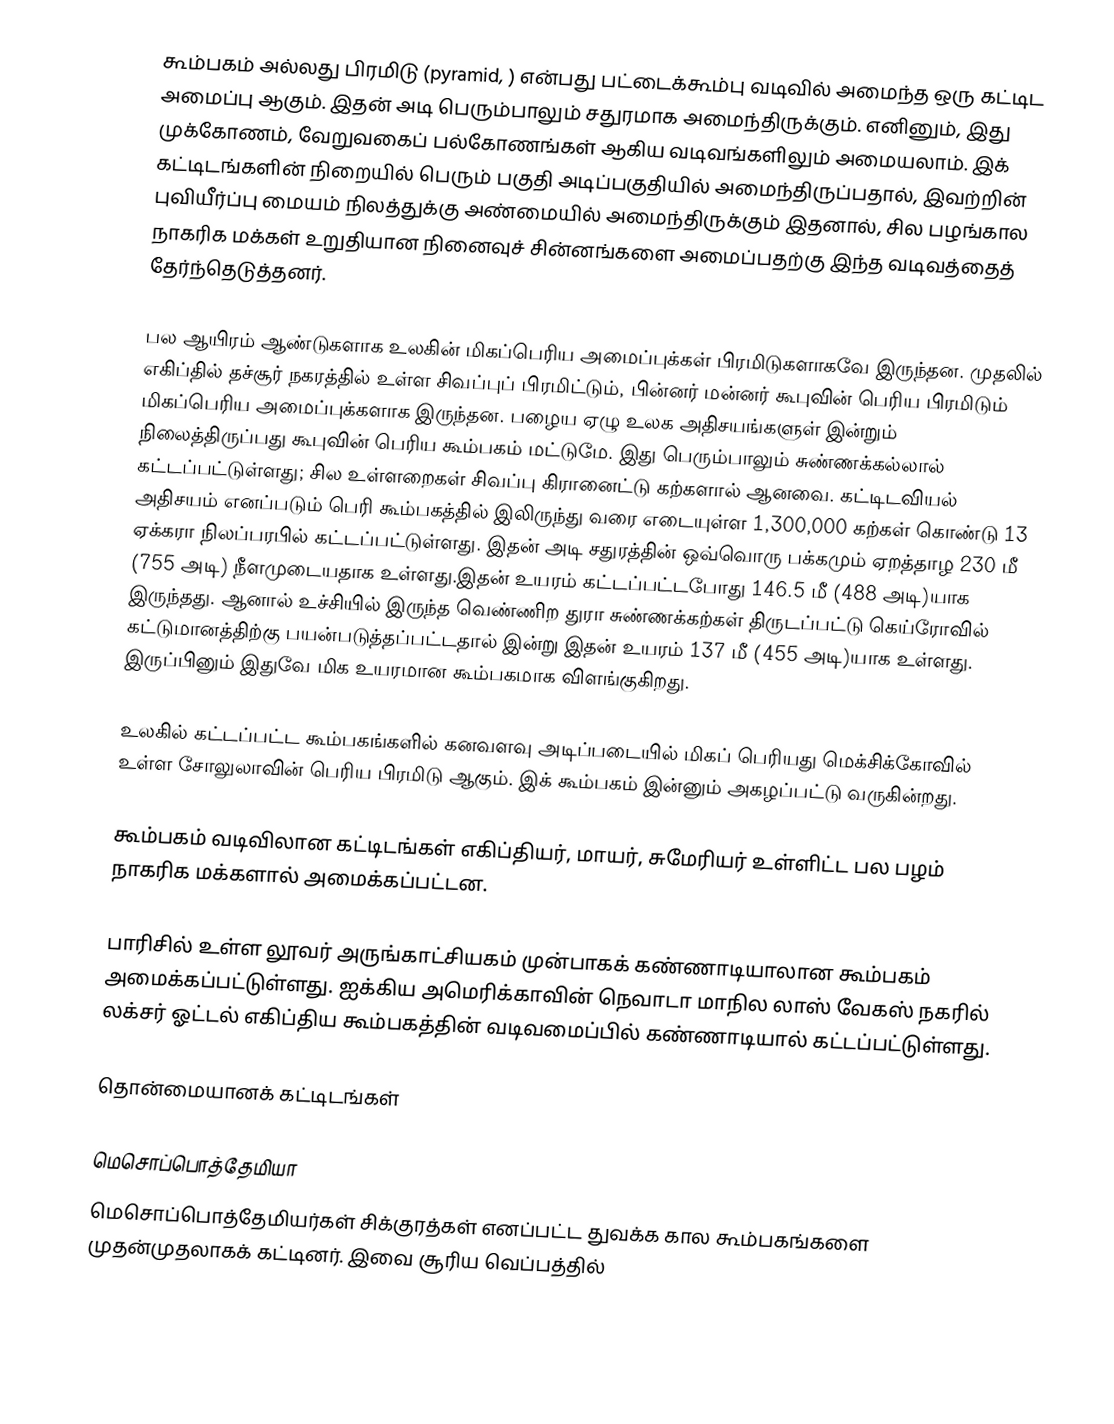
கூம்பகம் அல்லது பிரமிடு (pyramid,  ) என்பது பட்டைக்கூம்பு வடிவில் அமைந்த ஒரு கட்டிட அமைப்பு ஆகும். இதன் அடி பெரும்பாலும் சதுரமாக அமைந்திருக்கும். எனினும், இது முக்கோணம், வேறுவகைப் பல்கோணங்கள் ஆகிய வடிவங்களிலும் அமையலாம். இக் கட்டிடங்களின் நிறையில் பெரும் பகுதி அடிப்பகுதியில் அமைந்திருப்பதால், இவற்றின் புவியீர்ப்பு மையம் நிலத்துக்கு அண்மையில் அமைந்திருக்கும் இதனால், சில பழங்கால நாகரிக மக்கள் உறுதியான நினைவுச் சின்னங்களை அமைப்பதற்கு இந்த வடிவத்தைத் தேர்ந்தெடுத்தனர்.

பல ஆயிரம் ஆண்டுகளாக உலகின் மிகப்பெரிய அமைப்புக்கள் பிரமிடுகளாகவே இருந்தன. முதலில் எகிப்தில்  தச்சூர் நகரத்தில் உள்ள சிவப்புப் பிரமிட்டும், பின்னர் மன்னர் கூபுவின் பெரிய பிரமிடும் மிகப்பெரிய அமைப்புக்களாக இருந்தன. பழைய ஏழு உலக அதிசயங்களுள் இன்றும் நிலைத்திருப்பது கூபுவின் பெரிய கூம்பகம் மட்டுமே. இது பெரும்பாலும் சுண்ணக்கல்லால் கட்டப்பட்டுள்ளது; சில உள்ளறைகள் சிவப்பு கிரானைட்டு கற்களால் ஆனவை. கட்டிடவியல் அதிசயம் எனப்படும் பெரி கூம்பகத்தில்  இலிருந்து  வரை எடையுள்ள  1,300,000 கற்கள் கொண்டு 13 ஏக்கரா நிலப்பரபில் கட்டப்பட்டுள்ளது. இதன் அடி சதுரத்தின் ஒவ்வொரு பக்கமும் ஏறத்தாழ 230 மீ (755 அடி) நீளமுடையதாக உள்ளது.இதன் உயரம் கட்டப்பட்டபோது 146.5 மீ (488 அடி)யாக இருந்தது. ஆனால்  உச்சியில் இருந்த வெண்ணிற துரா சுண்ணக்கற்கள் திருடப்பட்டு கெய்ரோவில் கட்டுமானத்திற்கு பயன்படுத்தப்பட்டதால் இன்று இதன் உயரம் 137 மீ (455 அடி)யாக உள்ளது. இருப்பினும் இதுவே மிக உயரமான கூம்பகமாக விளங்குகிறது.

உலகில் கட்டப்பட்ட கூம்பகங்களில் கனவளவு அடிப்படையில் மிகப் பெரியது மெக்சிக்கோவில் உள்ள சோலுலாவின் பெரிய பிரமிடு ஆகும். இக் கூம்பகம் இன்னும் அகழப்பட்டு வருகின்றது.

கூம்பகம் வடிவிலான கட்டிடங்கள் எகிப்தியர், மாயர், சுமேரியர் உள்ளிட்ட பல பழம் நாகரிக மக்களால் அமைக்கப்பட்டன.

பாரிசில் உள்ள  லூவர் அருங்காட்சியகம் முன்பாகக் கண்ணாடியாலான கூம்பகம் அமைக்கப்பட்டுள்ளது. ஐக்கிய அமெரிக்காவின் நெவாடா மாநில லாஸ் வேகஸ் நகரில் லக்சர் ஓட்டல் எகிப்திய கூம்பகத்தின் வடிவமைப்பில் கண்ணாடியால் கட்டப்பட்டுள்ளது.

தொன்மையானக் கட்டிடங்கள்

மெசொப்பொத்தேமியா
மெசொப்பொத்தேமியர்கள் சிக்குரத்கள் எனப்பட்ட துவக்க கால கூம்பகங்களை முதன்முதலாகக் கட்டினர். இவை சூரிய வெப்பத்தில்